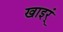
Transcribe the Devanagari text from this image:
खाइर्ं